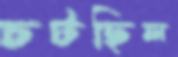
চটছিল